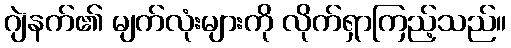
ဂျဲနက်၏ မျက်လုံးများကို လိုက်ရှာကြည့်သည်။